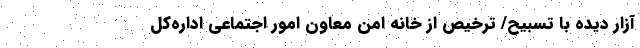
‌آزار دیده با تسبیح/ ترخیص از خانه امن معاون امور اجتماعی اداره‌کل